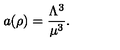
a ( \rho ) = \frac { \Lambda ^ { 3 } } { \mu ^ { 3 } } .